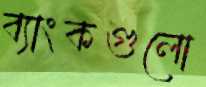
ব্যাংকগুলো